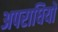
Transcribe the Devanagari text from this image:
अपराधियों